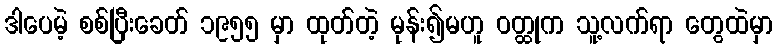
ဒါပေမဲ့ စစ်ပြီးခေတ် ၁၉၅၅ မှာ ထုတ်တဲ့ မုန်း၍မဟူ ဝတ္ထုက သူ့လက်ရာ တွေထဲမှာ